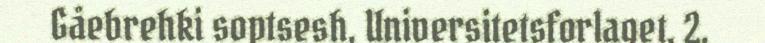
Gåebrehki soptsesh, Universitetsforlaget, 2.